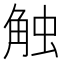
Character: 触